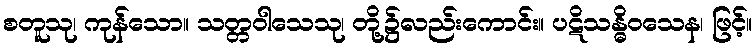
စတူသု၊ ကုန်သော။ သတ္တဝါသေသု၊ တို့၌လည်းကောင်း။ ပဋိသန္ဓိဝသေန၊ ဖြင့်။